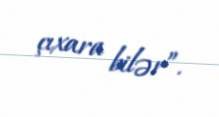
çıxara bilər”.